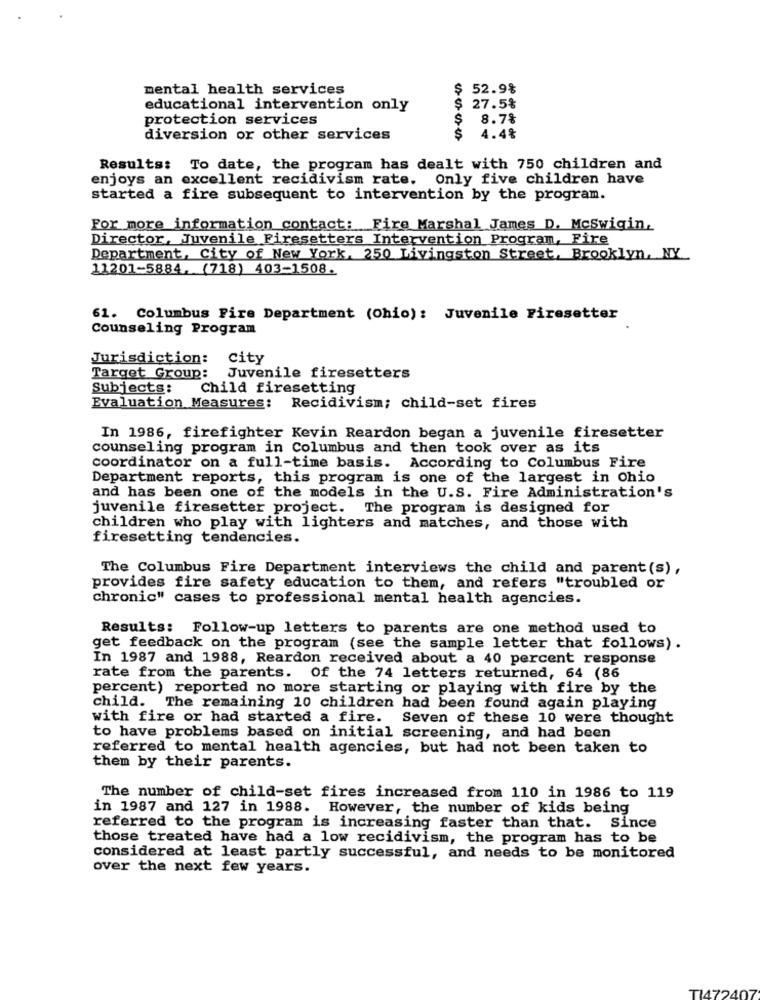
mental health services
$ 52.9%
educational intervention only
$ 27.5%
protection services
S
8.7%
diversion or other services
4.4%
Results: To date, the program has dealt with 750 children and
enjoys an excellent recidivism rate. Only five children have
started a fire subsequent to intervention by the program.
For more information contact: Fire Marshal James D. McSwigin.
Director, Juvenile Firesetters Intervention Program, Fire
Department, City of New York, 250 Livingston Street, Brooklyn, NY
11201-5884. (718) 403-1508.
61. Columbus Fire Department (Ohio): Juvenile Firesetter
Counseling Program
Jurisdiction: city
Target Group: Juvenile firesetters
Subjects: Child firesetting
Evaluation Measures: Recidivism; child-set fires
In 1986, firefighter Kevin Reardon began a juvenile firesetter
counseling program in Columbus and then took over as its
coordinator on a full-time basis. According to Columbus Fire
Department reports, this program is one of the largest in Ohio
and has been one of the models in the U.S. Fire Administration's
juvenile firesetter project. The program is designed for
children who play with lighters and matches, and those with
firesetting tendencies.
The Columbus Fire Department interviews the child and parent (s),
provides fire safety education to them, and refers "troubled or
chronic" cases to professional mental health agencies.
Results: Follow-up letters to parents are one method used to
get feedback on the program (see the sample letter that follows).
In 1987 and 1988, Reardon received about a 40 percent response
rate from the parents. Of the 74 letters returned, 64 (86
percent) reported no more starting or playing with fire by the
child. The remaining 10 children had been found again playing
with fire or had started a fire. Seven of these 10 were thought
to have problems based on initial screening, and had been
referred to mental health agencies, but had not been taken to
them by their parents.
The number of child-set fires increased from 110 in 1986 to 119
in 1987 and 127 in 1988. However, the number of kids being
referred to the program is increasing faster than that. Since
those treated have had a low recidivism, the program has to be
considered at least partly successful, and needs to be monitored
over the next few years.
TI472407